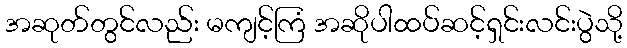
အဆုတ်တွင်လည်း မကျင့်ကြံ အဆိုပါထပ်ဆင့်ရှင်းလင်းပွဲသို့